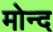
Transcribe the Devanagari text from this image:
मोन्‍द